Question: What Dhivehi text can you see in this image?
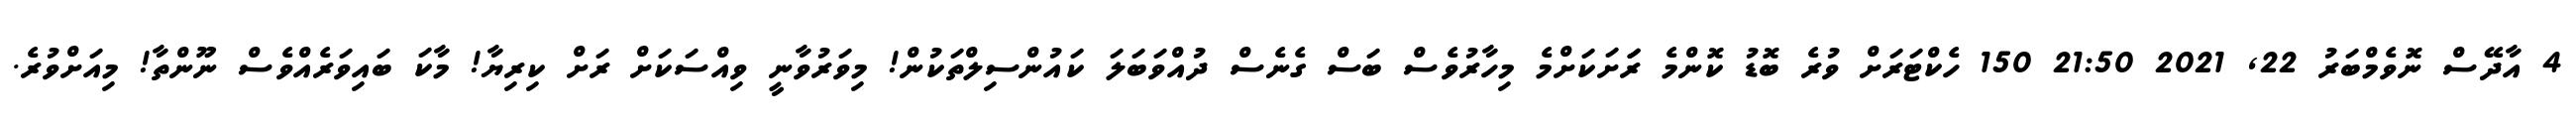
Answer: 4 އާދޭސް ނޮވެމްބަރު 22, 2021 21:50 150 ހެކްޓަރަށް ވުރެ ބޮޑު ކޮންމެ ރަަށަކަށްމެ މިހާރުވެސް ބަސް ގެނެސް ދުއްވަބަލަ ކައުންސިލްތަކުން! މިވަރުވާނީ ވިއްސަކަށް ރަށް ކިރިޔާ! މާކަ ބައިވަރެއްވެސް ނޫންތާ! މިއަށްވުރެ.